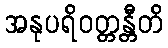
အနုပရိဝတ္တန္တီတိ